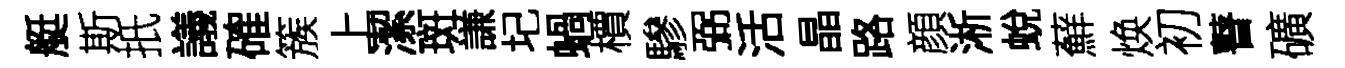
艇斯扺議確簇上潔斑謙圮蝸檟驂弼活晶路顔淅蛻蘚焕初瞽礦